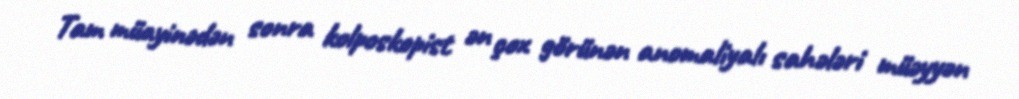
Tam müayinədən sonra kolposkopist ən çox görünən anomaliyalı sahələri müəyyən